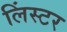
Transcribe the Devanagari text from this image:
लिंस्टर